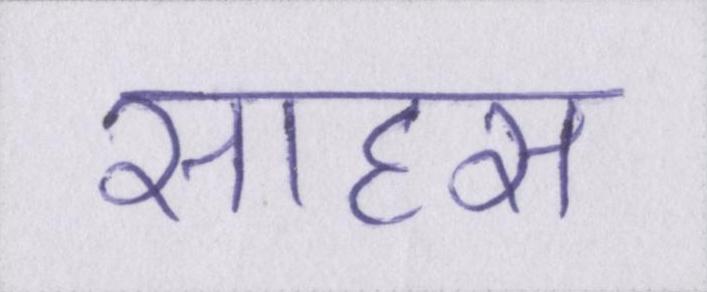
साहस